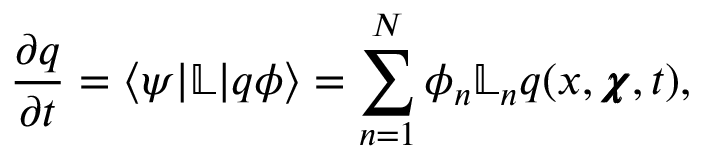
\frac { \partial q } { \partial t } = \langle \psi | \mathbb { L } | q \phi \rangle = \sum _ { n = 1 } ^ { N } \phi _ { n } \mathbb { L } _ { n } q ( x , \pmb { \chi } , t ) ,